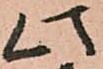
此